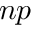
n p